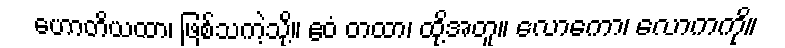
ဟောတိယထာ၊ ဖြစ်သကဲ့သို့။ ဧဝံ တထာ၊ ထို့အတူ။ လောကော၊ လောကကို။